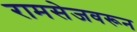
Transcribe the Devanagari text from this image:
रामसेजवरून